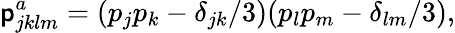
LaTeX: \mathsf{p}_{jklm}^{a}=(p_{j}p_{k}-\delta_{jk}/3)(p_{l}p_{m}-\delta_{lm}/3),